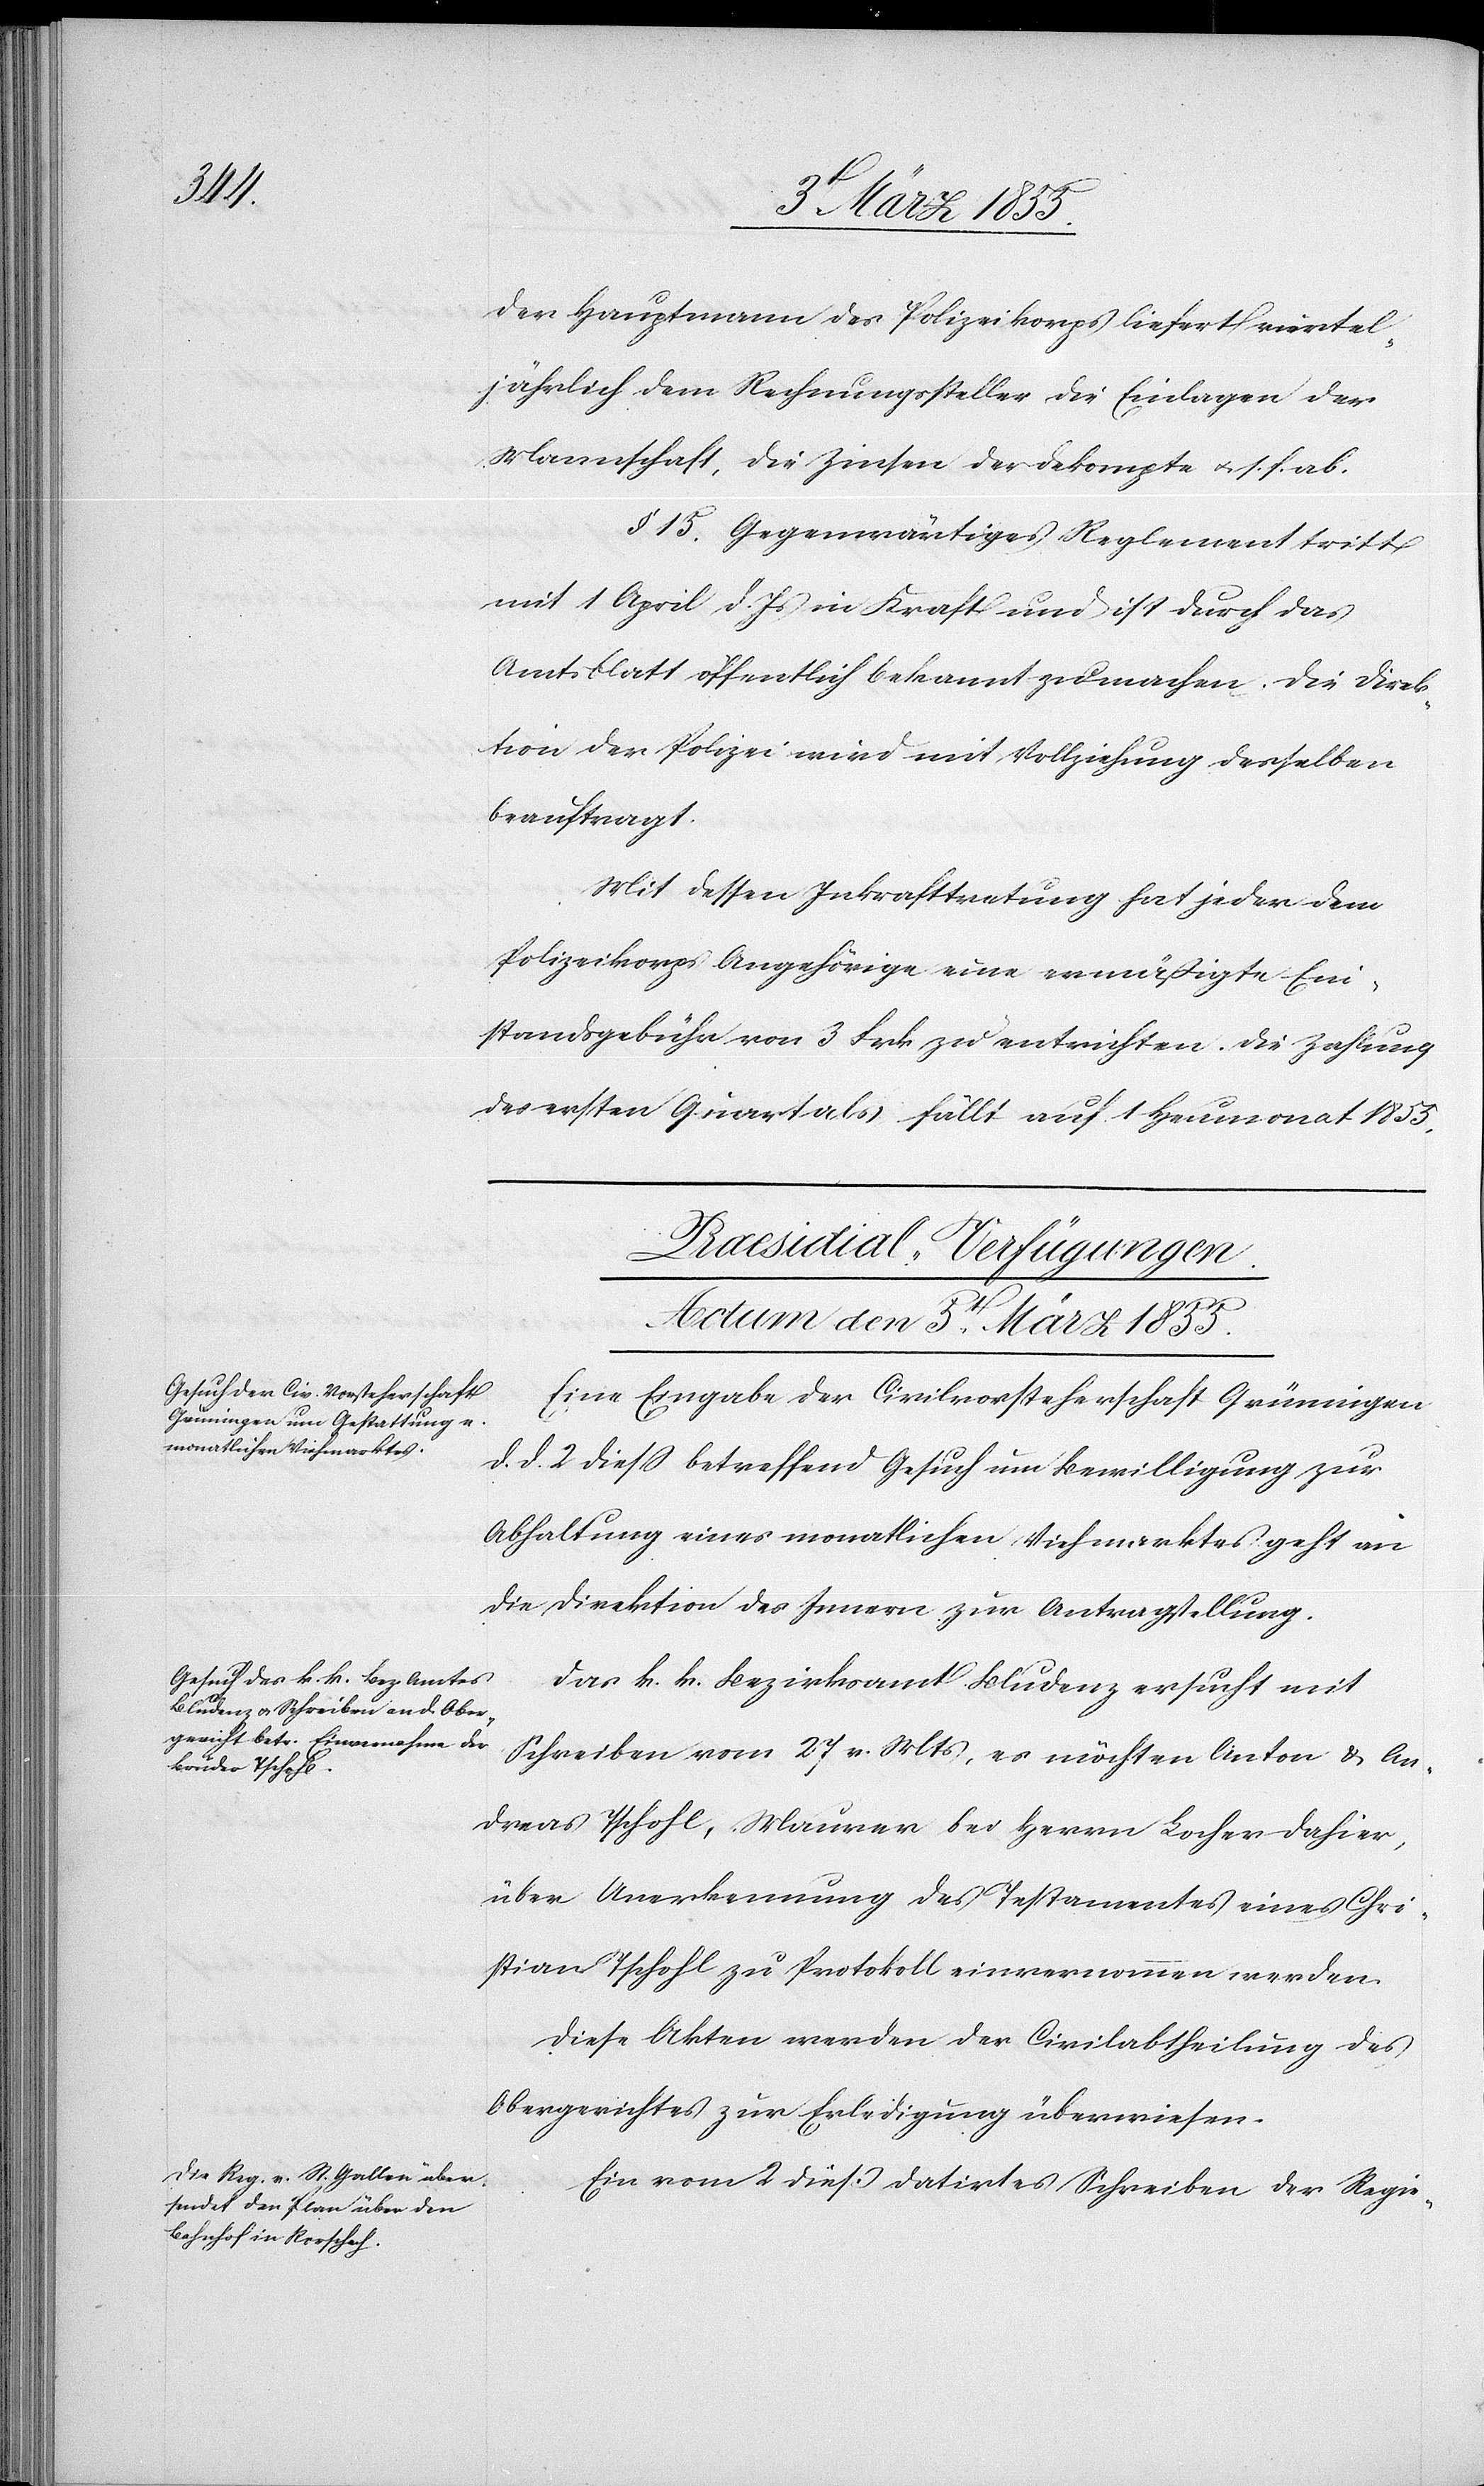
Der Hauptmann des Polizeikorps liefert viertel¬
jährlich dem Rechnungssteller die Einlagen der
Mannschaft, die Zinsen der Dekompte & s. f. ab.
§. 15. Gegenwärtiges Reglement tritt
mit 1 April d. Js in Kraft und ist durch das
Amtsblatt öffentlich bekannt zu machen. Die Direk¬
tion der Polizei wird mit Vollziehung desselben
beauftragt.
Mit dessen Inkrafttretung hat jeder dem
Polizeikorps Angehörige eine ermäßigte Ein¬
standsgebühr von 3 Frk zu entrichten. Die Zahlung
des ersten Quartals fällt auf 1 Heumonat 1855.
[Praesidial-Verfügungen.
Actum den 5t. März 1855.]
Eine Eingabe der Civilvorsteherschaft Grüningen
d. d. 2 diess betreffend Gesuch um Bewilligung zur
Abhaltung eines monatlichen Viehmarktes geht an
die Direktion des Innern zur Antragstellung.
Das k. k. Bezirksamt Bludenz ersucht mit
Schreiben vom 27 v. Mts, es möchten Anton & An¬
dreas Tschohl, Maurer bei Herrn Locher dahier,
über Anerkennung des Testamentes eines Chri¬
stian Tschohl zu Protokoll einvernommen werden.
Diese Akten werden der Civilabtheilung des
Obergerichtes zur Erledigung überwiesen.
Ein vom 2 dieß datirtes Schreiben der Regie-